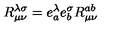
R _ { \mu \nu } ^ { \lambda \sigma } = e _ { a } ^ { \lambda } e _ { b } ^ { \sigma } R _ { \mu \nu } ^ { a b }